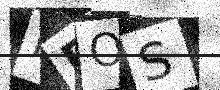
Text: PBOS